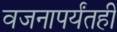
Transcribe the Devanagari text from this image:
वजनापर्यंतही